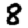
Digit: 8